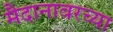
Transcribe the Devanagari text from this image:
मैदानावरच्या